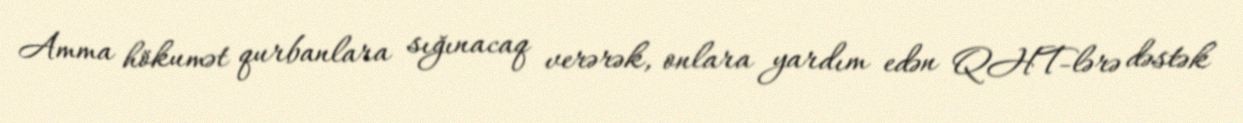
Amma hökumət qurbanlara sığınacaq verərək, onlara yardım edən QHT-lərə dəstək